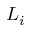
L _ { i }